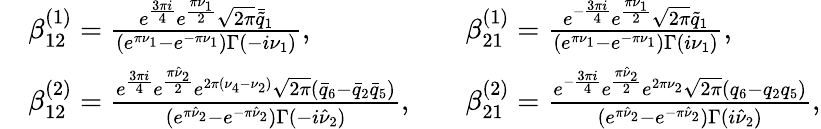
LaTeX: \begin{array}{rlrl}&{\beta_{12}^{(1)}=\frac{e^{\frac{3\pi i}{4}}e^{\frac{\pi\nu_{1}}{2}}\sqrt{2\pi}\bar{\tilde{q}}_{1}}{(e^{\pi\nu_{1}}-e^{-\pi\nu_{1}})\Gamma(-i\nu_{1})},}&&{\beta_{21}^{(1)}=\frac{e^{-\frac{3\pi i}{4}}e^{\frac{\pi\nu_{1}}{2}}\sqrt{2\pi}\tilde{q}_{1}}{(e^{\pi\nu_{1}}-e^{-\pi\nu_{1}})\Gamma(i\nu_{1})},}\\ &{\beta_{12}^{(2)}=\frac{e^{\frac{3\pi i}{4}}e^{\frac{\pi\hat{\nu}_{2}}{2}}e^{2\pi(\nu_{4}-\nu_{2})}\sqrt{2\pi}(\bar{q}_{6}-\bar{q}_{2}\bar{q}_{5})}{(e^{\pi\hat{\nu}_{2}}-e^{-\pi\hat{\nu}_{2}})\Gamma(-i\hat{\nu}_{2})},}&&{\beta_{21}^{(2)}=\frac{e^{-\frac{3\pi i}{4}}e^{\frac{\pi\hat{\nu}_{2}}{2}}e^{2\pi\nu_{2}}\sqrt{2\pi}(q_{6}-q_{2}q_{5})}{(e^{\pi\hat{\nu}_{2}}-e^{-\pi\hat{\nu}_{2}})\Gamma(i\hat{\nu}_{2})},}\end{array}